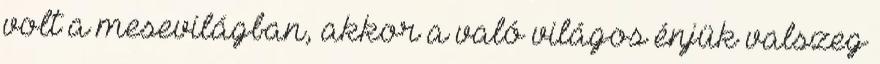
volt a mesevilágban, akkor a való világos énjük valszeg